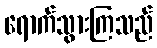
ရောက်သွားကြသည်